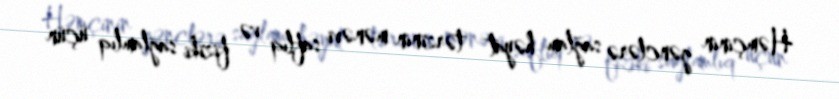
Həmçinin gənclərə sağlam həyat tərzinin mənəvi saflıq və fiziki sağlamlıq üçün